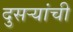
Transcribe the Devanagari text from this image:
दुसऱ्यांची